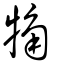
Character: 觕